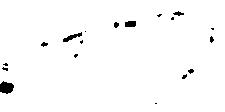
へ